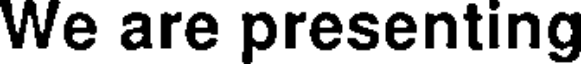
We are presenting